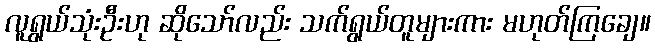
လူရွယ်သုံးဦးဟု ဆိုသော်လည်း သက်ရွယ်တူများကား မဟုတ်ကြချေ။